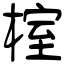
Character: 榁